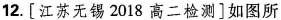
12.[江苏无锡2018高二检测]如图所